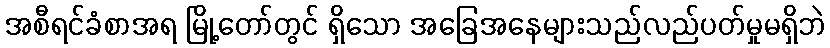
အစီရင်ခံစာအရ မြို့တော်တွင် ရှိသော အခြေအနေများသည်လည်ပတ်မှုမရှိဘဲ